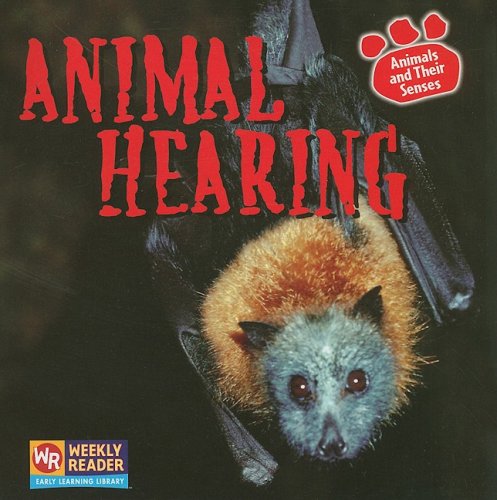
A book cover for Animal Hearing (Animals and Their Senses); Kirsten Hall; Politics & Social Sciences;